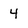
Character: 4